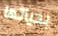
بحياتها